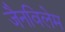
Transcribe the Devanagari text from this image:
जैनविलेम